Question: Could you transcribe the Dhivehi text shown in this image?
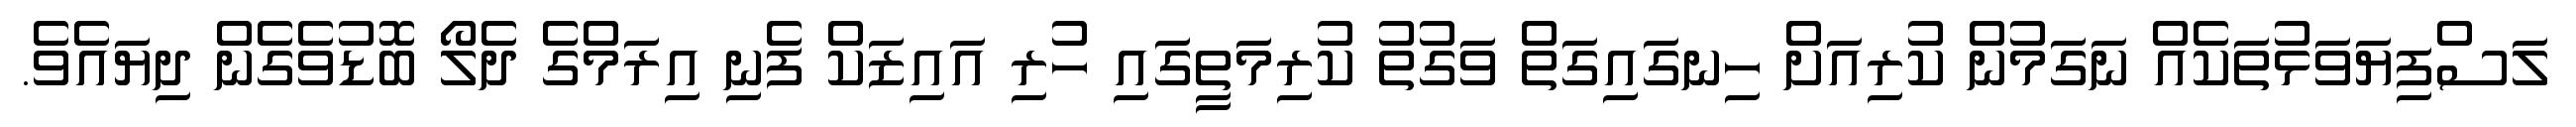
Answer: ލަސްފިޔަވަޅުތަކެއް ނަގަމުން ކުރިއަށް ހިނގައިގަތް ވަގުތު ކުރިމަތީގައި ހުރި އައިޒަކް ފެނި އިރަމްގެ ދެލޯ ބޮޑުވެގެން ދިޔައެވެ.